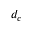
d _ { c }